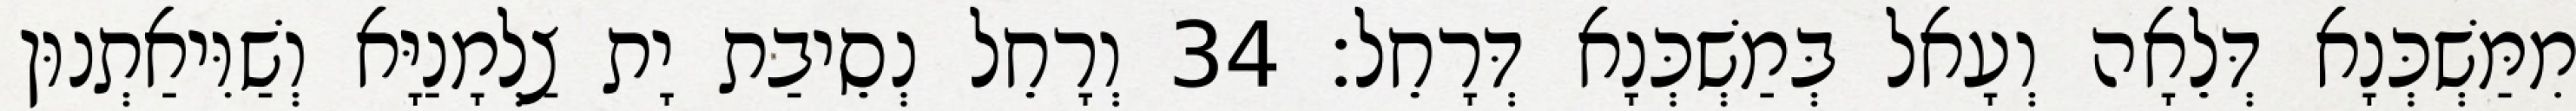
מִמַּשְׁכְּנָא דְּלֵאָה וְעָאל בְּמַשְׁכְּנָא דְּרָחֵל׃ 34 וְרָחֵל נְסֵיבַת יָת צַלְמָנַיָּא וְשַׁוִּיאַתְנוּן